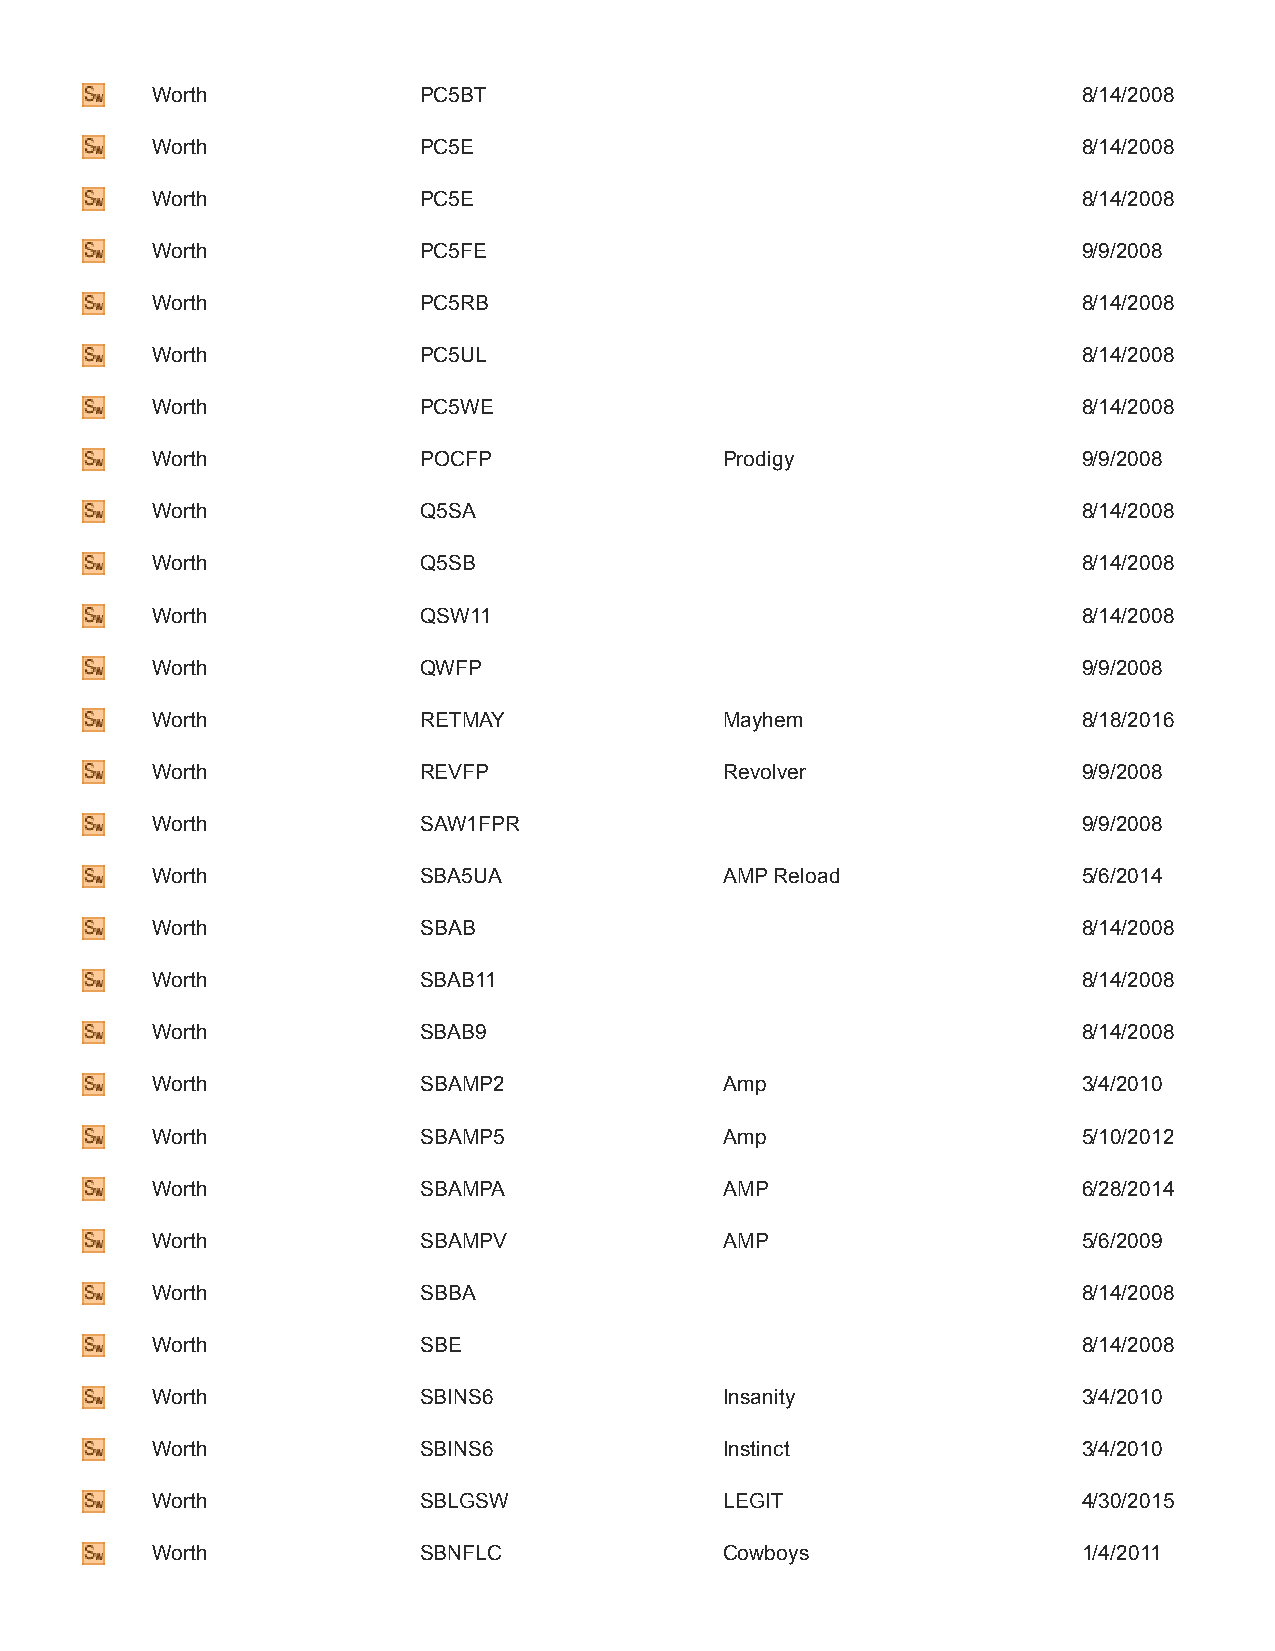
Worth             PC5BT                                       8/14/2008
 Worth             PC5E                                        8/14/2008
 Worth             PC5E                                        8/14/2008
 Worth             PC5FE                                       9/9/2008
 Worth             PC5RB                                       8/14/2008
 Worth             PC5UL                                       8/14/2008
 Worth             PC5WE                                       8/14/2008
 Worth             POCFP               Prodigy                 9/9/2008
 Worth             Q5SA                                        8/14/2008
 Worth             Q5SB                                        8/14/2008
 Worth             QSW11                                       8/14/2008
 Worth             QWFP                                        9/9/2008
 Worth             RETMAY              Mayhem                  8/18/2016
 Worth             REVFP               Revolver                9/9/2008
 Worth             SAW1FPR                                     9/9/2008
 Worth             SBA5UA              AMP Reload              5/6/2014
 Worth             SBAB                                        8/14/2008
 Worth             SBAB11                                      8/14/2008
 Worth             SBAB9                                       8/14/2008
 Worth             SBAMP2              Amp                     3/4/2010
 Worth             SBAMP5              Amp                     5/10/2012
 Worth             SBAMPA              AMP                     6/28/2014
 Worth             SBAMPV              AMP                     5/6/2009
 Worth             SBBA                                        8/14/2008
 Worth             SBE                                         8/14/2008
 Worth             SBINS6              Insanity                3/4/2010
 Worth             SBINS6              Instinct                3/4/2010
 Worth             SBLGSW              LEGIT                   4/30/2015
 Worth             SBNFLC              Cowboys                 1/4/2011